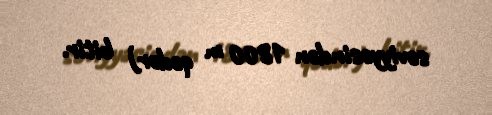
səviyyəsindən 1800 m qədər) bitir.